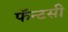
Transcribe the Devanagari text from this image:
फॅन्टसी